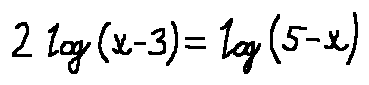
2 \log ( x - 3 ) = \log ( 5 - x )